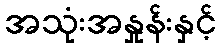
အသုံးအနှုန်းနှင့်